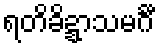
ရတိခိဍ္ဍာသမင်္ဂီ